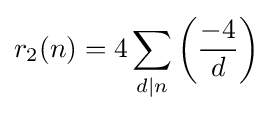
r_{2}(n)=4\sum _{d\mid n}\left({\frac {-4}{d}}\right)